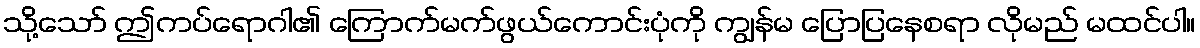
သို့သော် ဤကပ်ရောဂါ၏ ကြောက်မက်ဖွယ်ကောင်းပုံကို ကျွန်မ ပြောပြနေစရာ လိုမည် မထင်ပါ။